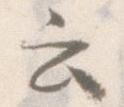
云